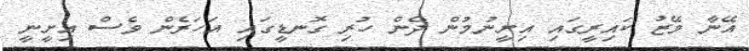
އޭނާ މޭޒު ކައިރީގައި އިށީނުމުން ދެން ހުރި ގޮނޑީގައި އަހަރެން ވެސް އިށީނީ